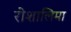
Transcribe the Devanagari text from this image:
रोशालिमा